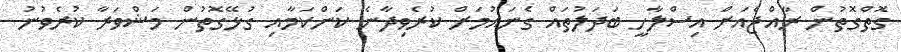
ގޮތްގޮތުން ރާއްޖެއަށް އިސްލާހީ ބަދަލުތައް ގެނައުމަށް ކުރެވިދާނެ ކަންކަމާއި ގުޅޭގޮތުން މަޝްވަރާ ކުރެވުނު